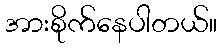
အားစိုက်နေပါတယ်။